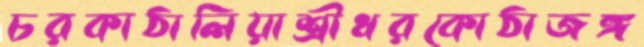
চরকাঠালিয়াশ্রীধরকোঠাজঙ্গ